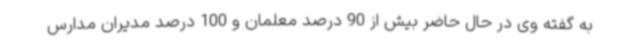
به گفته وی در حال حاضر بیش از 90 درصد معلمان و 100 درصد مدیران مدارس